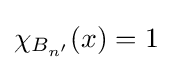
\chi _{B_{n'}}(x)=1